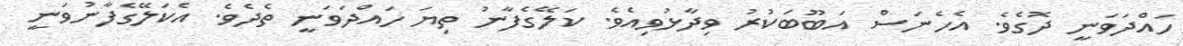
ހައްދަވަނީ ދޮގެވެ. އެހެނަސް އަބޫބަކުރު ވިދާޅުވިއެވެ. ކަލޭގެފާނު ތިޔަ ހައްދަވަނީ ތެދެވެ. އެކަލޭގެފާނުވަނީ